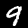
Digit: 9